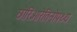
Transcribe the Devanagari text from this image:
छोरिओरेतिनोपथ्य